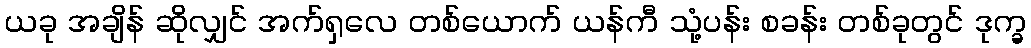
ယခု အချိန် ဆိုလျှင် အက်ရှလေ တစ်ယောက် ယန်ကီ သုံ့ပန်း စခန်း တစ်ခုတွင် ဒုက္ခ